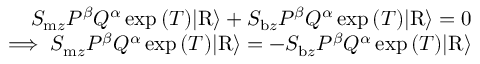
\begin{array} { r } { S _ { \mathrm { m } z } P ^ { \beta } Q ^ { \alpha } \exp { ( T ) } \vert \mathrm { R } \rangle + S _ { \mathrm { b } z } P ^ { \beta } Q ^ { \alpha } \exp { ( T ) } \vert \mathrm { R } \rangle = 0 } \\ { \implies S _ { \mathrm { m } z } P ^ { \beta } Q ^ { \alpha } \exp { ( T ) } \vert \mathrm { R } \rangle = - S _ { \mathrm { b } z } P ^ { \beta } Q ^ { \alpha } \exp { ( T ) } \vert \mathrm { R } \rangle } \end{array}